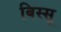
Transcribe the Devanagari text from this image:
बिस्सू